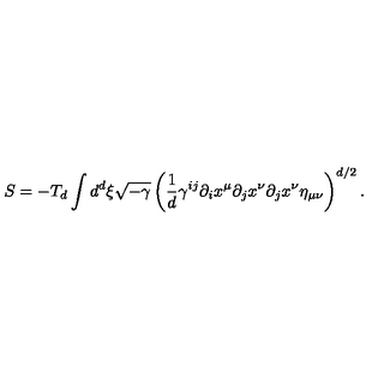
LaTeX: S = - T _ { d } \int d ^ { d } \xi \sqrt { - \gamma } \left( \frac { 1 } { d } \gamma ^ { i j } \partial _ { i } x ^ { \mu } \partial _ { j } x ^ { \nu } \partial _ { j } x ^ { \nu } \eta _ { \mu \nu } \right) ^ { d / 2 } .